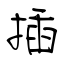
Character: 插